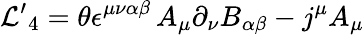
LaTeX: {\cal L^{\prime}}_{4}=\theta\epsilon^{\mu\nu\alpha\beta}\, A_{\mu}\partial_{\nu}B_{\alpha\beta}-j^{\mu}A_{\mu}